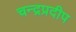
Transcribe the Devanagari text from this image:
चन्द्रप्रदीप